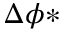
\Delta \phi *